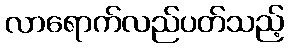
လာရောက်လည်ပတ်သည့်